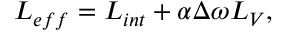
L _ { e f f } = L _ { i n t } + \alpha \Delta \omega L _ { V } ,